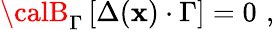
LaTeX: {\calB}_{\Gamma}\left[\Delta(\mathbf{x})\cdot\Gamma\right]=0\, \, ,